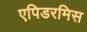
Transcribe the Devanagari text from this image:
एपिडरमिस